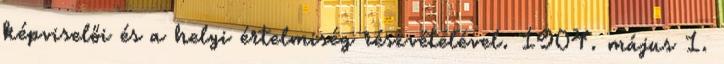
képviselői és a helyi értelmiség részvételével. 1904. május 1.